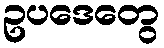
ဥပဒေတွေ